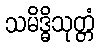
သမိဒ္ဓိသုတ္တံ